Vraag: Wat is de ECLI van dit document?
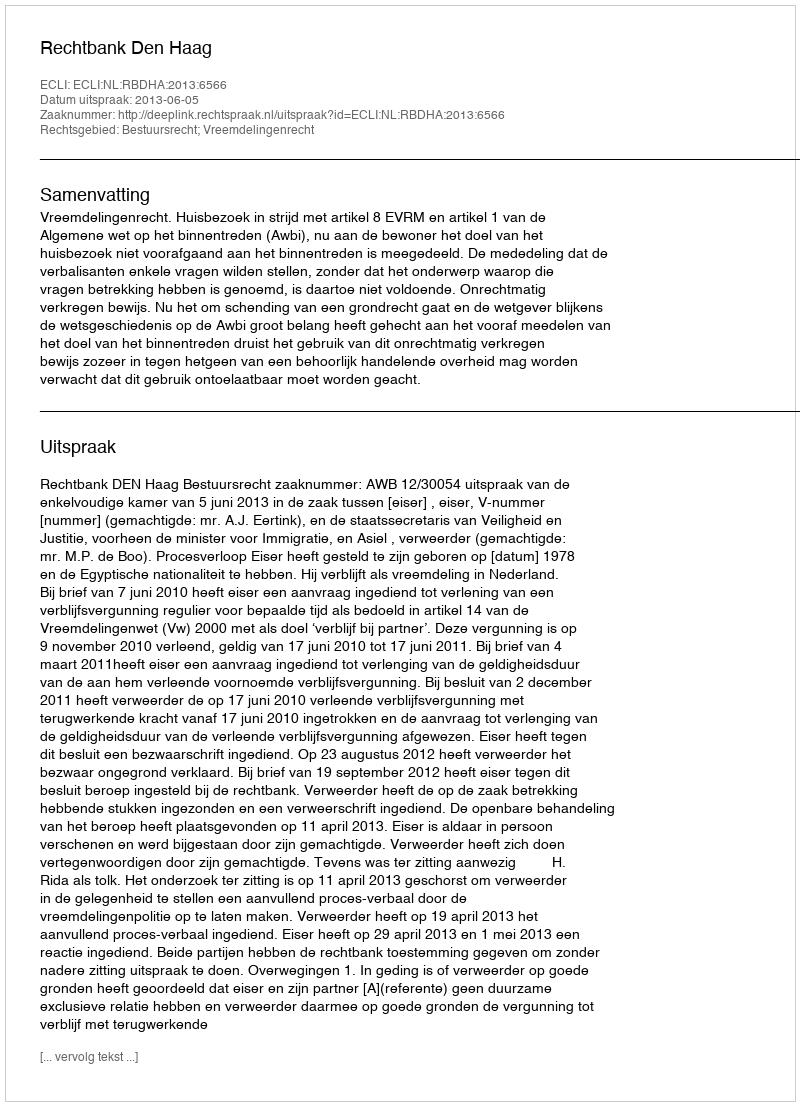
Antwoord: ECLI:NL:RBDHA:2013:6566